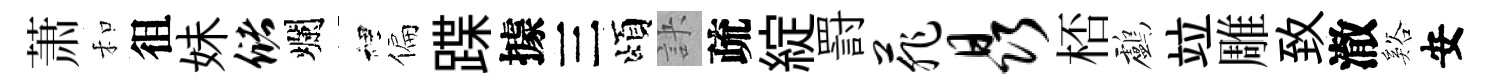
萧和徂妹储爛裡偏蹀據三頌訣疏綻罸菲晶桮鸕竝雕致澈谿安